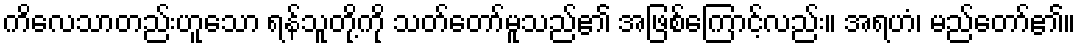
ကိလေသာတည်းဟူသော ရန်သူတို့ကို သတ်တော်မူသည်၏ အဖြစ်ကြောင့်လည်း။ အရဟံ၊ မည်တော်၏။